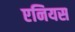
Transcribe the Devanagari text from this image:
एनियस